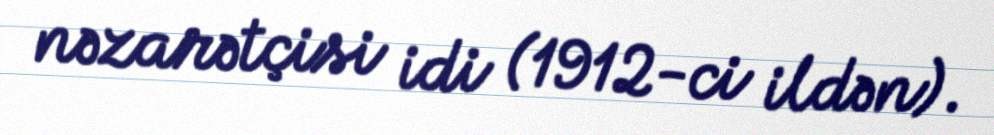
nəzarətçisi idi (1912-ci ildən).